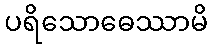
ပရိသောဓေဿာမိ